Piroplasma canis and its life cycle in the tick - Number 29
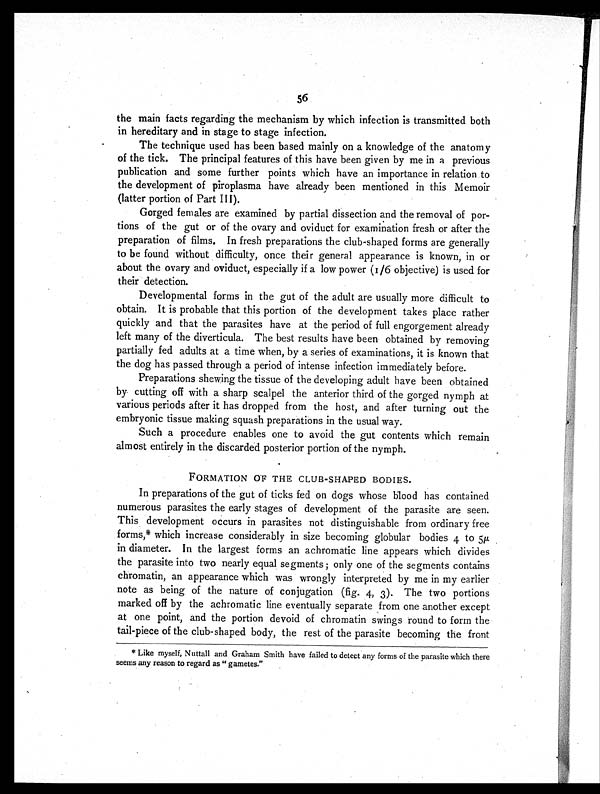
56
the main facts regarding the mechanism by which infection is transmitted both
in hereditary and in stage to stage infection.
The technique used has been based mainly on a knowledge of the anatomy
of the tick. The principal features of this have been given by me in a previous
publication and some further points which have an importance in relation to
the development of piroplasma have already been mentioned in this Memoir
(latter portion of Part III).
Gorged females are examined by partial dissection and the removal of por-
tions of the gut or of the ovary and oviduct for examination fresh or after the
preparation of films. In fresh preparations the club-shaped forms are generally
to be found without difficulty, once their general appearance is known, in or
about the ovary and oviduct, especially if a low power (1/6 objective) is used for
their detection.
Developmental forms in the gut of the adult are usually more difficult to
obtain. It is probable that this portion of the development takes place rather
quickly and that the parasites have at the period of full engorgement already
left many of the diverticula. The best results have been obtained by removing
partially fed adults at a time when, by a series of examinations, it is known that
the dog has passed through a period of intense infection immediately before.
Preparations shewing the tissue of the developing adult have been obtained
by cutting off with a sharp scalpel the anterior third of the gorged nymph at
various periods after it has dropped from the host, and after turning out the
embryonic tissue making squash preparations in the usual way.
Such a procedure enables one to avoid the gut contents which remain
almost entirely in the discarded posterior portion of the nymph.
FORMATION OF THE CLUB-SHAPED BODIES.
In preparations of the gut of ticks fed on dogs whose blood has contained
numerous parasites the early stages of development of the parasite are seen.
This development occurs in parasites not distinguishable from ordinary free
forms,* which increase considerably in size becoming globular bodies 4 to 5 µ
in diameter. In the largest forms an achromatic line appears which divides
the parasite into two nearly equal segments ; only one of the segments contains
chromatin, an appearance which was wrongly interpreted by me in my earlier
note as being of the nature of conjugation (fig. 4, 3). The two portions
marked off by the achromatic line eventually separate from one another except
at one point, and the portion devoid of chromatin swings round to form the
tail-piece of the club-shaped body, the rest of the parasite becoming the front
* Like myself, Nuttall and Graham Smith have failed to detect any forms of the parasite which there
seems any reason to regard as "gametes."